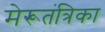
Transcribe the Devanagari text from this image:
मेरूतंत्रिका